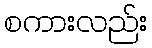
စကားလည်း